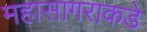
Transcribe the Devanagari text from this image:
महासागराकडे